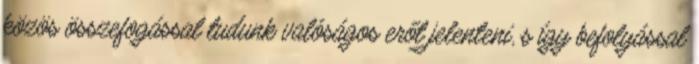
közös összefogással tudunk valóságos erőt jelenteni, s így befolyással